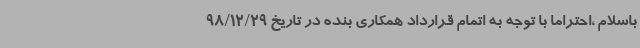
باسلام ،احتراما با توجه به اتمام قرارداد همکاری بنده در تاریخ 98/12/29